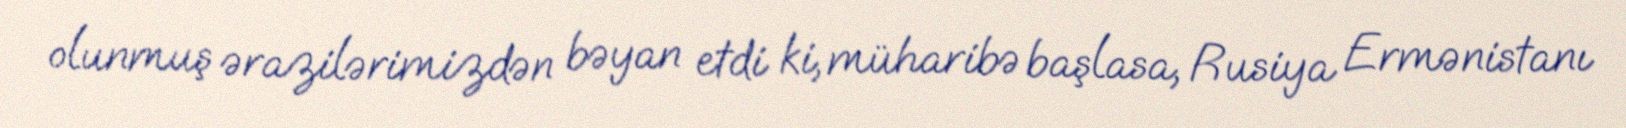
olunmuş ərazilərimizdən bəyan etdi ki, müharibə başlasa, Rusiya Ermənistanı